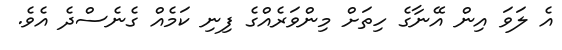
އެ ލަވަ އިން އޭނާގެ ހިތަށް މިންވަރެއްގެ ފިނި ކަމެއް ގެނެސްދެ އެވެ.